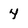
Character: 4